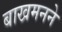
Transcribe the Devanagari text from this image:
बाखमनने